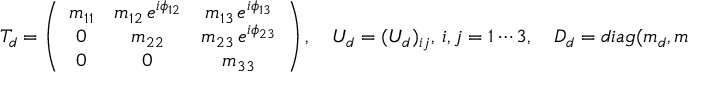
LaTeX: T _ { d } = \left( \begin{array} { c c c } { { m _ { 1 1 } } } & { { m _ { 1 2 } \, e ^ { i \phi _ { 1 2 } } } } & { { m _ { 1 3 } \, e ^ { i \phi _ { 1 3 } } } } \\ { { 0 } } & { { m _ { 2 2 } } } & { { m _ { 2 3 } \, e ^ { i \phi _ { 2 3 } } } } \\ { { 0 } } & { { 0 } } & { { m _ { 3 3 } } } \end{array} \right) , \quad U _ { d } = ( U _ { d } ) _ { i j } , \ i , j = 1 \cdots 3 , \quad D _ { d } = d i a g ( m _ { d } , m _ { s } , m _ { b } ) ,